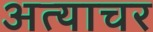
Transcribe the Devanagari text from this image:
अत्याचर